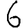
Digit: 6